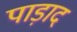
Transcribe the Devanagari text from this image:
पाड़ाद